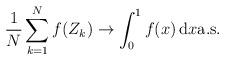
LaTeX: \begin{align*}\frac{1}{N} \sum_{k=1}^N f(Z_k) \to \int_0^1 f(x) \, \mathrm{d}x \textrm{a.s.}\end{align*}